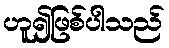
ဟူ၍ဖြစ်ပါသည်